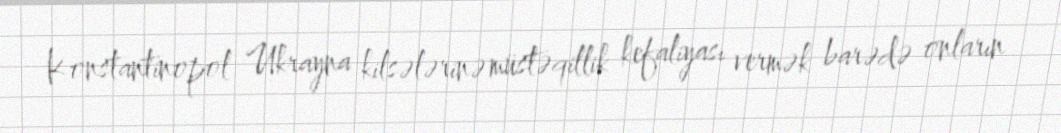
Konstantinopol Ukrayna kilsələrinə müstəqillik kefaliyası vermək barədə onların